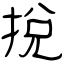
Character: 挩